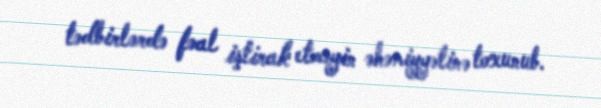
tədbirlərdə fəal iştirak etməyin əhəmiyyətinə toxunub.